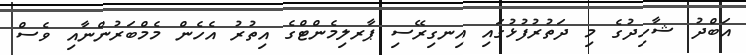
އަބްދު ޝާހިދުގެ މި ދަތުރުފުޅުގައި އިނގިރޭސި ޕާރލިމެންޓްގެ އިތުރު އެހެން މެމްބަރުންނާއި ވެސް